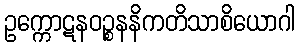
ဥက္ကောဋနဝဉ္စနနိကတိသာစိယောဂါ